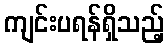
ကျင်းပရန်ရှိသည့်